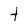
Character: t